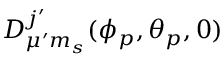
D _ { \mu ^ { \prime } m _ { s } } ^ { j ^ { \prime } } ( \phi _ { p } , \theta _ { p } , 0 )